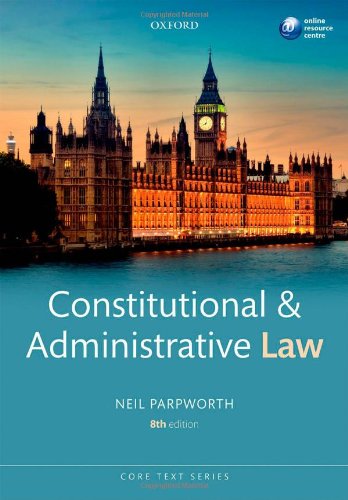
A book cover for Constitutional & Administrative Law (Core Texts); Neil Parpworth; Law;